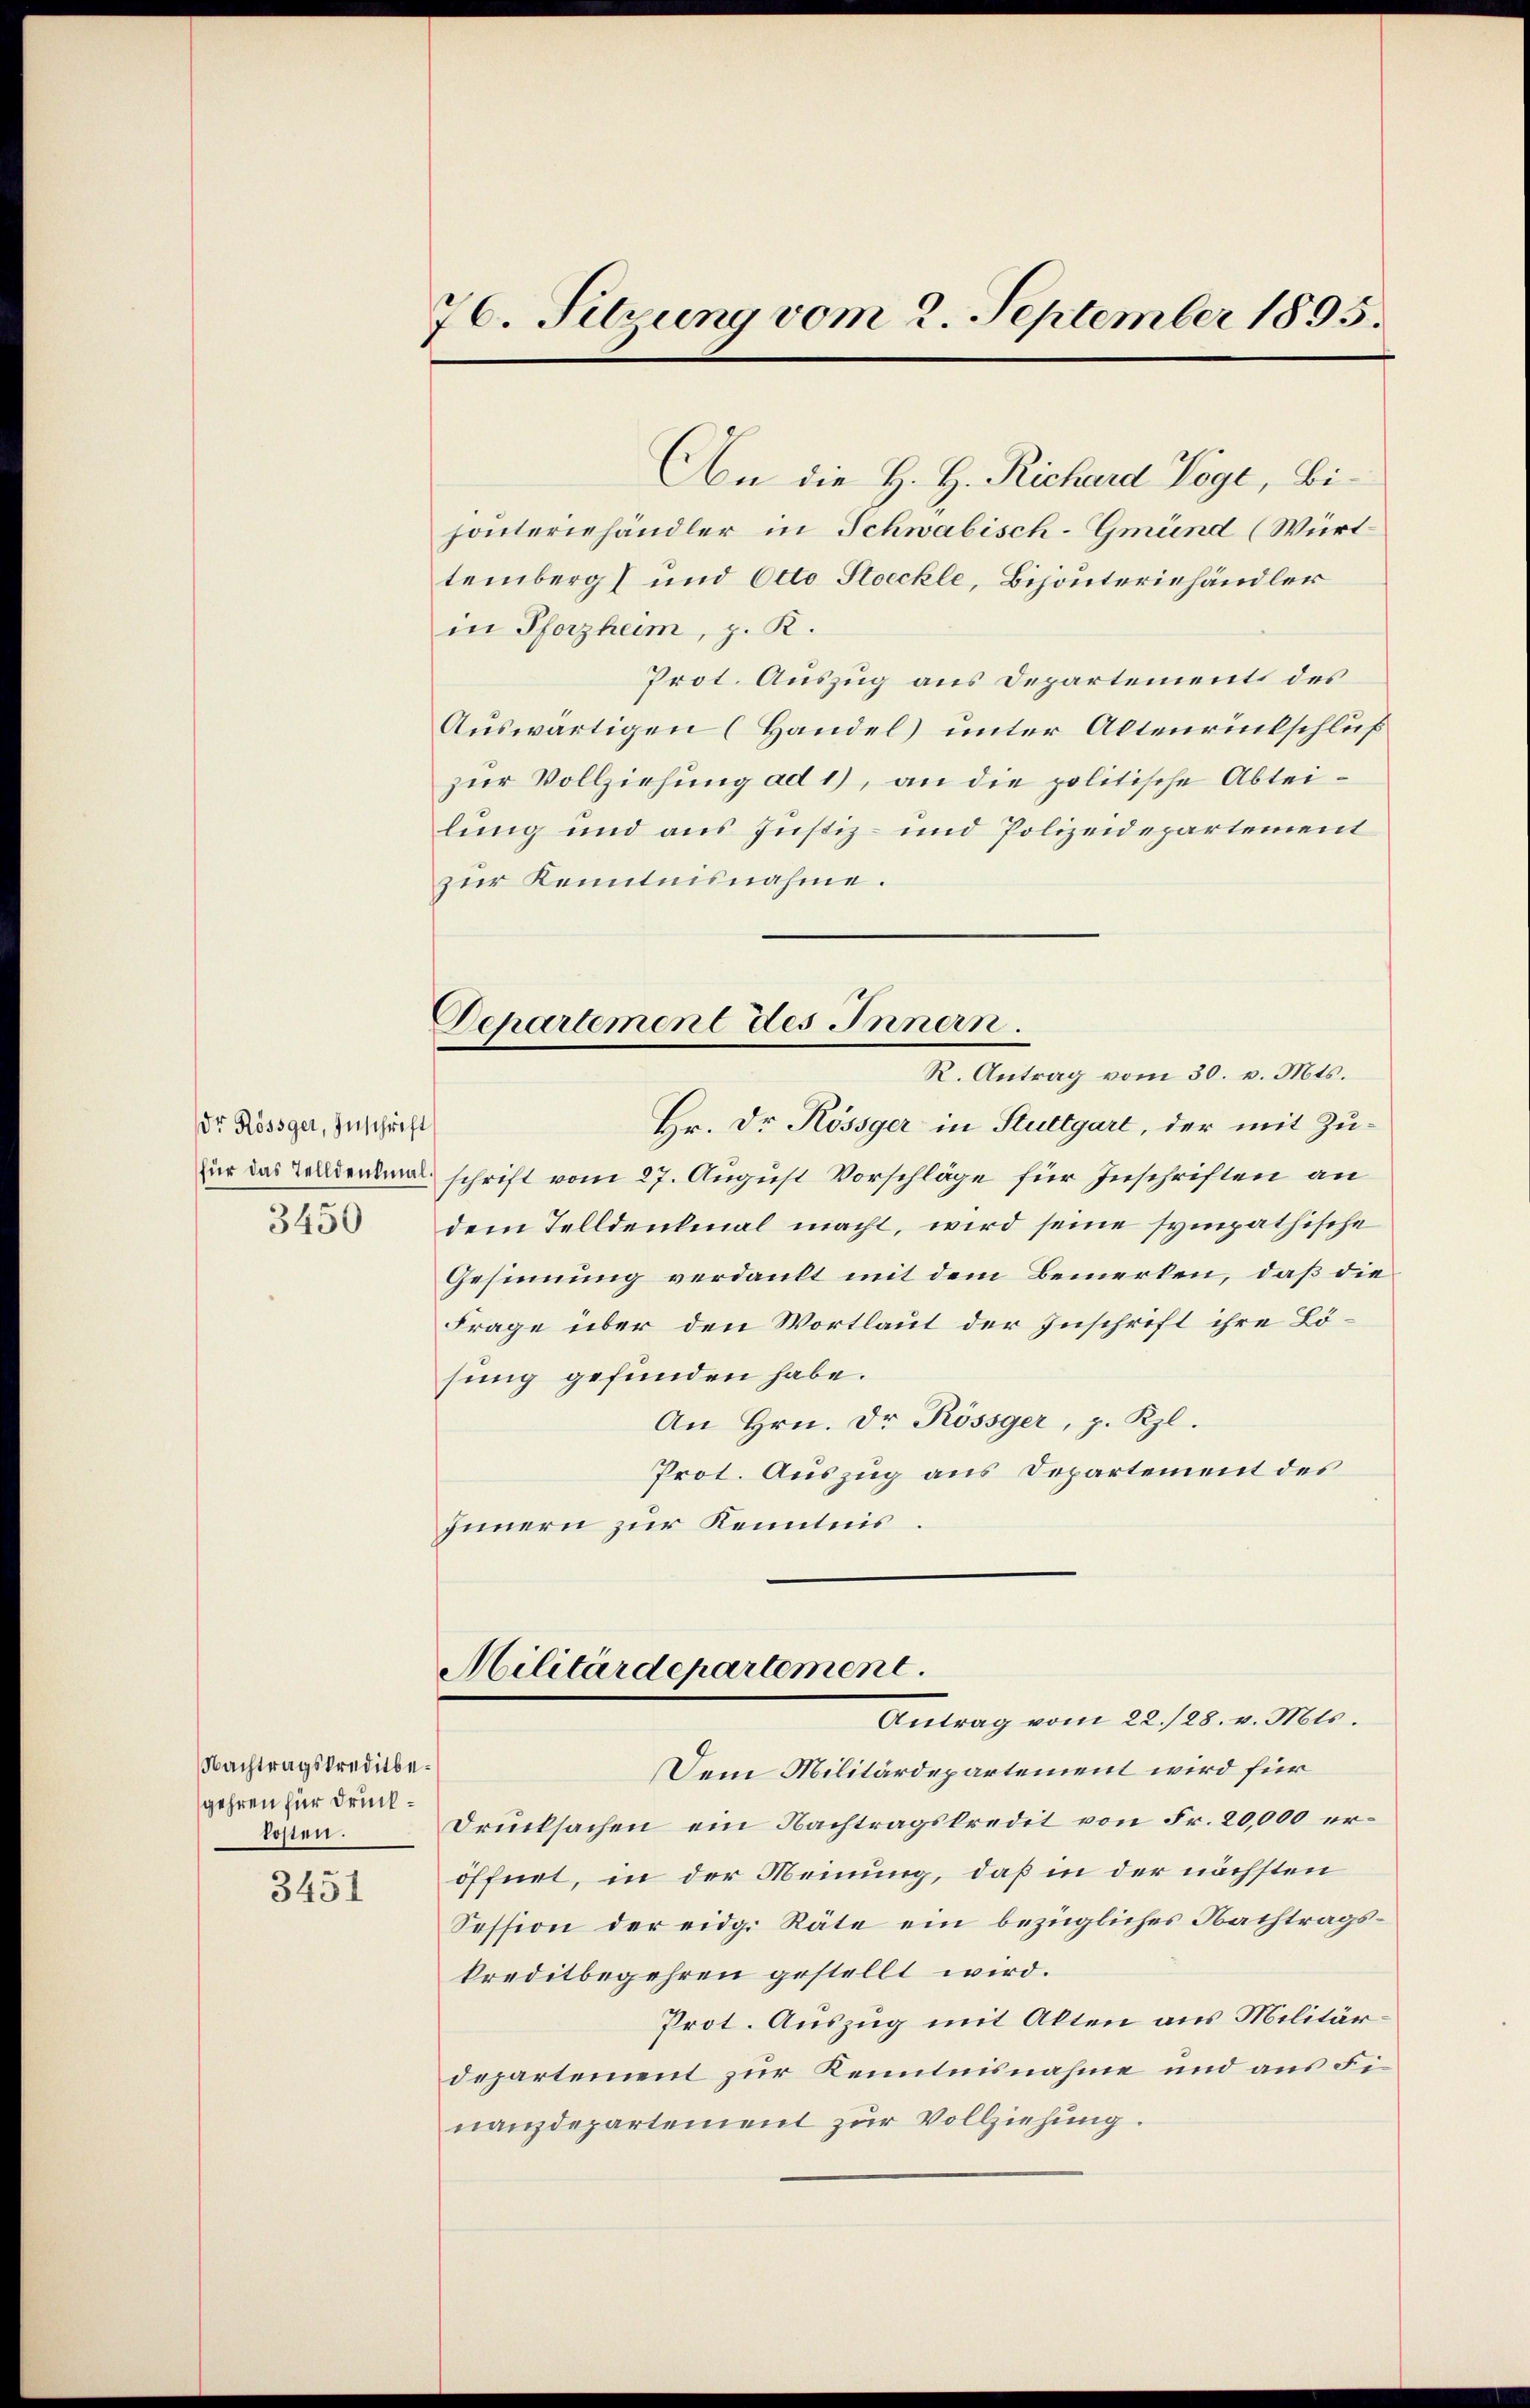
Dr Rössger, Zuschrift
3450

Nachtragskreditbegehren für drückkosten.

3451

76. Setzung vom 2. September 1895.

An die H. H. Richard Voge, Bihonteriehändler in Schwabisch-Gmünd (Würt
temberg) und Otto Stoeckle, Bijouteriehändler
in Pforzheim, z. R.
Prot. Auszug aus Departement des
Auswärtigen (Handel unter Altenrückschluß
zur Vollziehung ad 1), an die politische Abteilung und aus Justiz- und Polizeidepartement
zur Kenntnisnahme.
Departement des Innern.
R. Antrag vom 30. v. Mts.
Hr. Dr. Kössger in Stuttgart, der mit Zufür das Collienten schrift vom 27. August Vorschläge für Inschriften an
dem Telldenkmal macht, wird seine sympathische
Gesinnung verdankt mit dem Bemerken, daß die
Frage über den Wortlaut der Zuschrift ihre Lösung gefunden habe.
An Hrn. Dr Rössger, p. Rzl.
Prot. Auszug aus Departement des
Innern zur Kenntnis

Militärdepartement.
Antrag vom 22./28. v. Mts.

Dem Militärdepartement wird für
Drucksachen ein Nachtragskredit von Fr. 20,000 eröffnet, in der Meinung, daß in der nächsten
Session der eidg. Räte ein bezügliches Nachtragskreditbegehren gestellt wird.
Prot. Auszug mit Alten aus Militärdepartement zur Kenntnisnahme und aus Finanzdepartement zur Vollziehung.